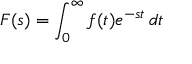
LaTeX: F ( s ) = \int _ { 0 } ^ { \infty } f ( t ) e ^ { - s t } \, d t